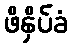
ဖိနှိပ်ခံ